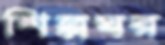
শিল্পঘর